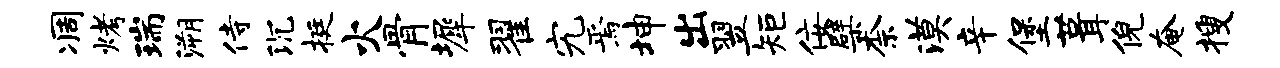
凋烤瑞溯侍沉挺火骨墀翟究焉坤出翌矩佞檗柰漠辛堡葺倪奄搜